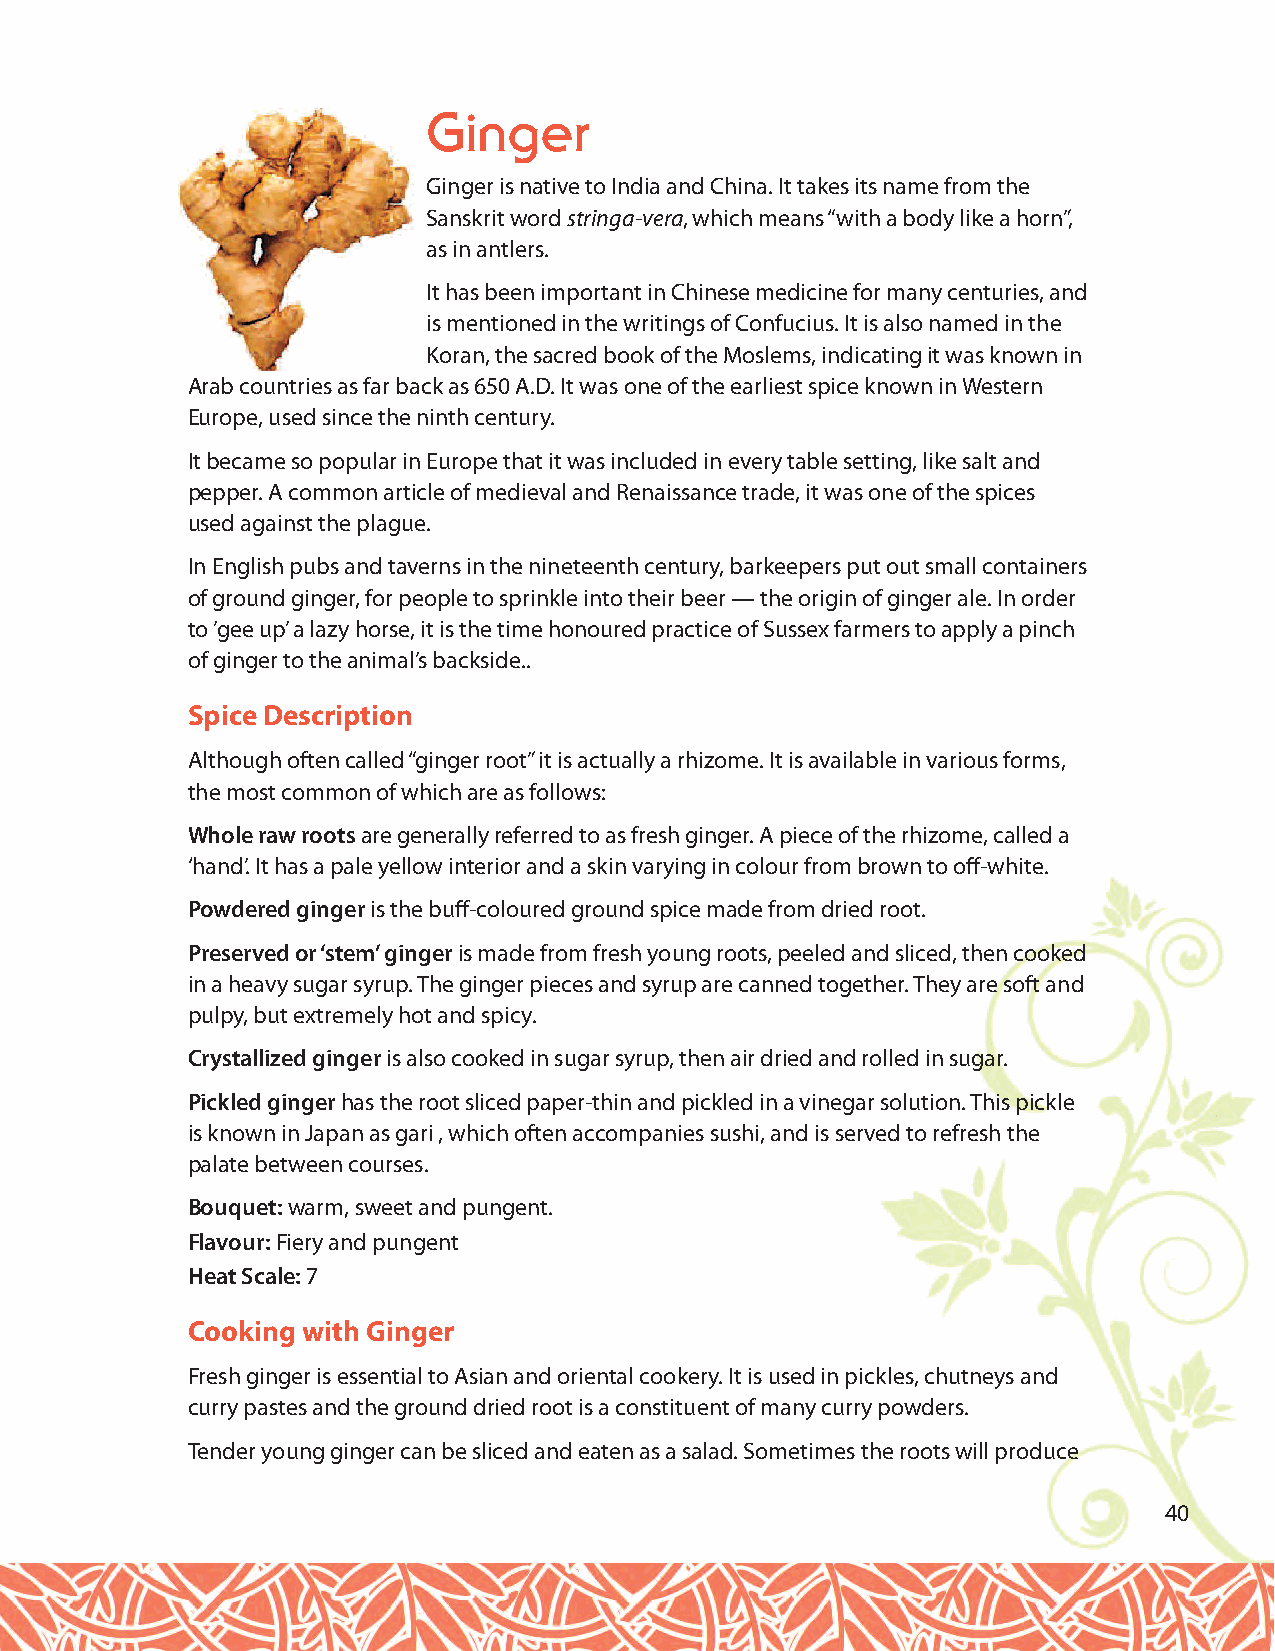
Ginger
 Ginger is native to India and China. It takes its name from the
 Sanskrit word stringa-vera, which means “with a body like a horn”,
 as in antlers.
 It has been important in Chinese medicine for many centuries, and
 is mentioned in the writings of Confucius. It is also named in the
 Koran, the sacred book of the Moslems, indicating it was known in
 Arab countries as far back as 650 A.D. It was one of the earliest spice known in Western
 Europe, used since the ninth century.
 It became so popular in Europe that it was included in every table setting, like salt and
 pepper. A common article of medieval and Renaissance trade, it was one of the spices
 used against the plague.
 In English pubs and taverns in the nineteenth century, barkeepers put out small containers
 of ground ginger, for people to sprinkle into their beer — the origin of ginger ale. In order
 to ’gee up’ a lazy horse, it is the time honoured practice of Sussex farmers to apply a pinch
 of ginger to the animal’s backside..
 Spice Description
 Although often called “ginger root” it is actually a rhizome. It is available in various forms,
 the most common of which are as follows:
 Whole raw rootsare generally referred to as fresh ginger. A piece of the rhizome, called a
 ‘hand’. It has a pale yellow interior and a skin varying in colour from brown to off-white.
 Powdered gingeris the buff-coloured ground spice made from dried root.
 Preserved or ‘stem’ gingeris made from fresh young roots, peeled and sliced, then cooked
 in a heavy sugar syrup. The ginger pieces and syrup are canned together. They are soft and
 pulpy, but extremely hot and spicy.
 Crystallized gingeris also cooked in sugar syrup, then air dried and rolled in sugar.
 Pickled gingerhas the root sliced paper-thin and pickled in a vinegar solution. This pickle
 is known in Japan as gari , which often accompanies sushi, and is served to refresh the
 palate between courses.
 Bouquet: warm, sweet and pungent.
 Flavour: Fiery and pungent
 Heat Scale: 7
 Cooking with Ginger
 Fresh ginger is essential to Asian and oriental cookery. It is used in pickles, chutneys and
 curry pastes and the ground dried root is a constituent of many curry powders.
 Tender young ginger can be sliced and eaten as a salad. Sometimes the roots will produce
 40